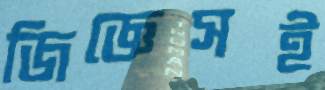
জিজ্ঞেসই